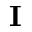
\mathbf { I }